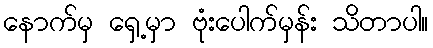
နောက်မှ ရှေ့မှာ ဗုံးပေါက်မှန်း သိတာပါ။